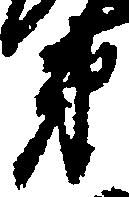
第